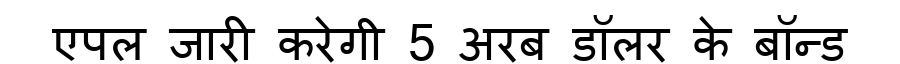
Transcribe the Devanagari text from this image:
एपल जारी करेगी 5 अरब डॉलर के बॉन्ड